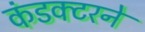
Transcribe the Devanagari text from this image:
कंडक्टरने